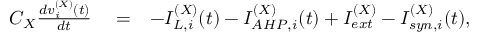
\begin{array} { r l r } { C _ { X } \frac { d v _ { i } ^ { ( X ) } ( t ) } { d t } } & { { } = } & { - I _ { L , i } ^ { ( X ) } ( t ) - I _ { A H P , i } ^ { ( X ) } ( t ) + I _ { e x t } ^ { ( X ) } - I _ { s y n , i } ^ { ( X ) } ( t ) , } \end{array}